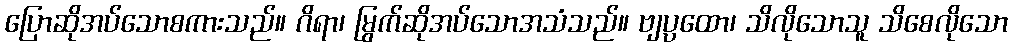
ပြောဆိုအပ်သောစကားသည်။ ဂိရာ၊ မြွက်ဆိုအပ်သောအသံသည်။ ဗျပ္ပထော၊ သိလိုသောသူ သိစေလိုသော